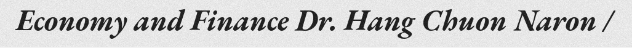
Economy and Finance Dr. Hang Chuon Naron /